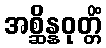
အစ္ဆိန္နဝုတ္တိံ